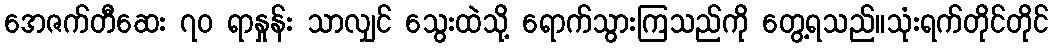
အေဇက်တီဆေး ၇၀ ရာနှုန်း သာလျှင် သွေးထဲသို့ ရောက်သွားကြသည်ကို တွေ့ရသည်။သုံးရက်တိုင်တိုင်